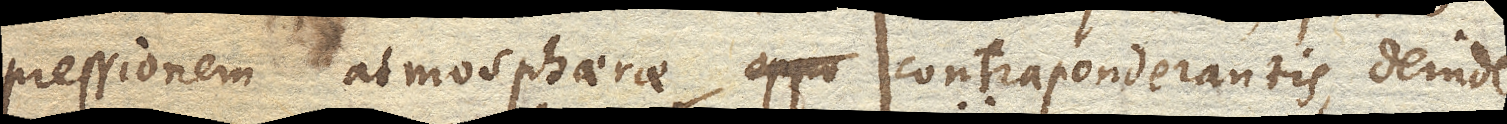
pressionem atmosphaerae contraponderantis, deinde